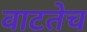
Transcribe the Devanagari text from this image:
वाटतेच